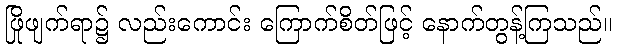
ဖြိုဖျက်ရာ၌ လည်းကောင်း ကြောက်စိတ်ဖြင့် နောက်တွန့်ကြသည်။